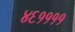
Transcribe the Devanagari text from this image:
४६११११